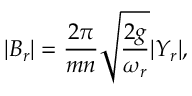
| B _ { r } | = \frac { 2 \pi } { m n } \sqrt { \frac { 2 g } { \omega _ { r } } } | Y _ { r } | ,